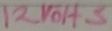
Text: 12VOHS